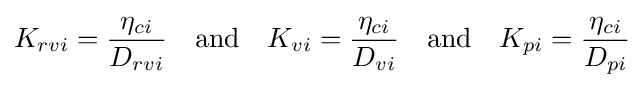
K_{rvi}={\frac {\eta _{ci}}{D_{rvi}}}\quad {\text{and}}\quad K_{vi}={\frac {\eta _{ci}}{D_{vi}}}\quad {\text{and}}\quad K_{pi}={\frac {\eta _{ci}}{D_{pi}}}